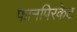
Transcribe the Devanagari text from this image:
फानपिरकेट